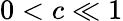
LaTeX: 0<c\ll 1